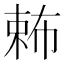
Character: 𣔩